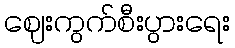
ဈေးကွက်စီးပွားရေး